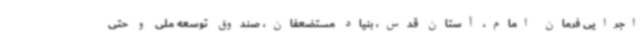
اجرایی فرمان امام، آستان قدس، بنیاد مستضعفان، صندوق توسعه ملی و حتی